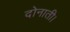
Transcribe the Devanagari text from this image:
दोनाती।